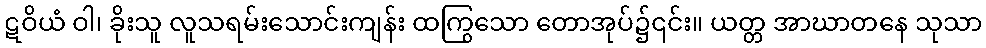
ဋဝိယံ ဝါ၊ ခိုးသူ လူသရမ်းသောင်းကျန်း ထကြွသော တောအုပ်၌၎င်း။ ယတ္တ အာဃာတနေ သုသာ